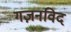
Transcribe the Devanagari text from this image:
गज़नविद